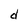
Character: d